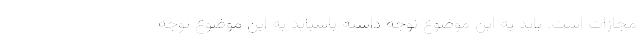
مجازات است. باید به این موضوع توجه داشته باشباید به این موضوع توجه